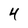
Character: 4